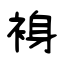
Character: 裑